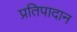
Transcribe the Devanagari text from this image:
प्रतिपादान